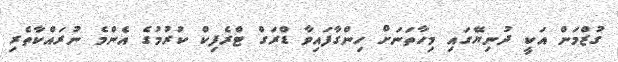
ގުޒްމަން އަކީ ދުނިޔޭގައި މިހާތަނަށް ހިންގާފައިވާ ޑްރަގް ޓްރެފިކް ކުރުމުގެ އެންމެ ނުރައްކާތެރި